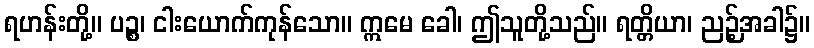
ရဟန်းတို့။ ပဉ္စ၊ ငါးယောက်ကုန်သော။ ဣမေ ခေါ၊ ဤသူတို့သည်။ ရတ္တိယာ၊ ညဉ့်အခါ၌။